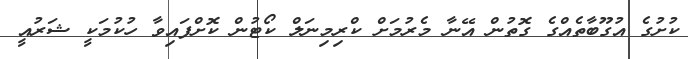
ކުށުގެ އުގޫބާތެއްގެ ގޮތުން އޭނާ މެރުމަށް ކްރިމިނަލް ކޯޓުން ކޮށްފައިވާ ހުކުމަކީ ޝަރުއީ